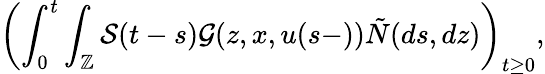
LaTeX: \displaystyle\left(\int_{0}^{t}\int_{\mathbb{Z}}\mathcal{S}(t-s)\mathcal{G}(z,x,u(s-))\tilde{N}(ds,dz)\right)_{t\geq 0},